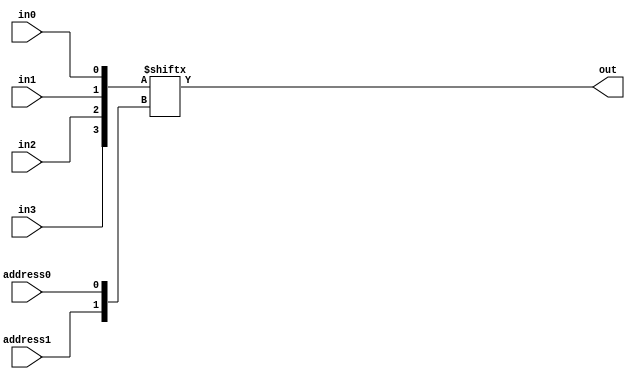
module behavioralMultiplexer(out, address0,address1, in0,in1,in2,in3);
output out;
input address0, address1;
input in0, in1, in2, in3;
wire[3:0] inputs = {in3, in2, in1, in0};
wire[1:0] address = {address1, address0};
assign out = inputs[address];
endmodule

module structuralMultiplexer(out, address0,address1, in0,in1,in2,in3);
output out;
input address0, address1;
input in0, in1, in2, in3;
  // Your multiplexer code here
endmodule


module testMultiplexer;
  // Your test code here
endmodule